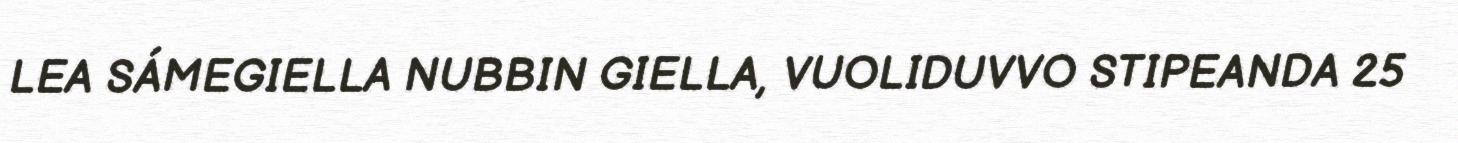
LEA SÁMEGIELLA NUBBIN GIELLA, VUOLIDUVVO STIPEANDA 25